65_HS1-834228961_62-HQ-83894_Serial_164
Agency: FBI
Page 6
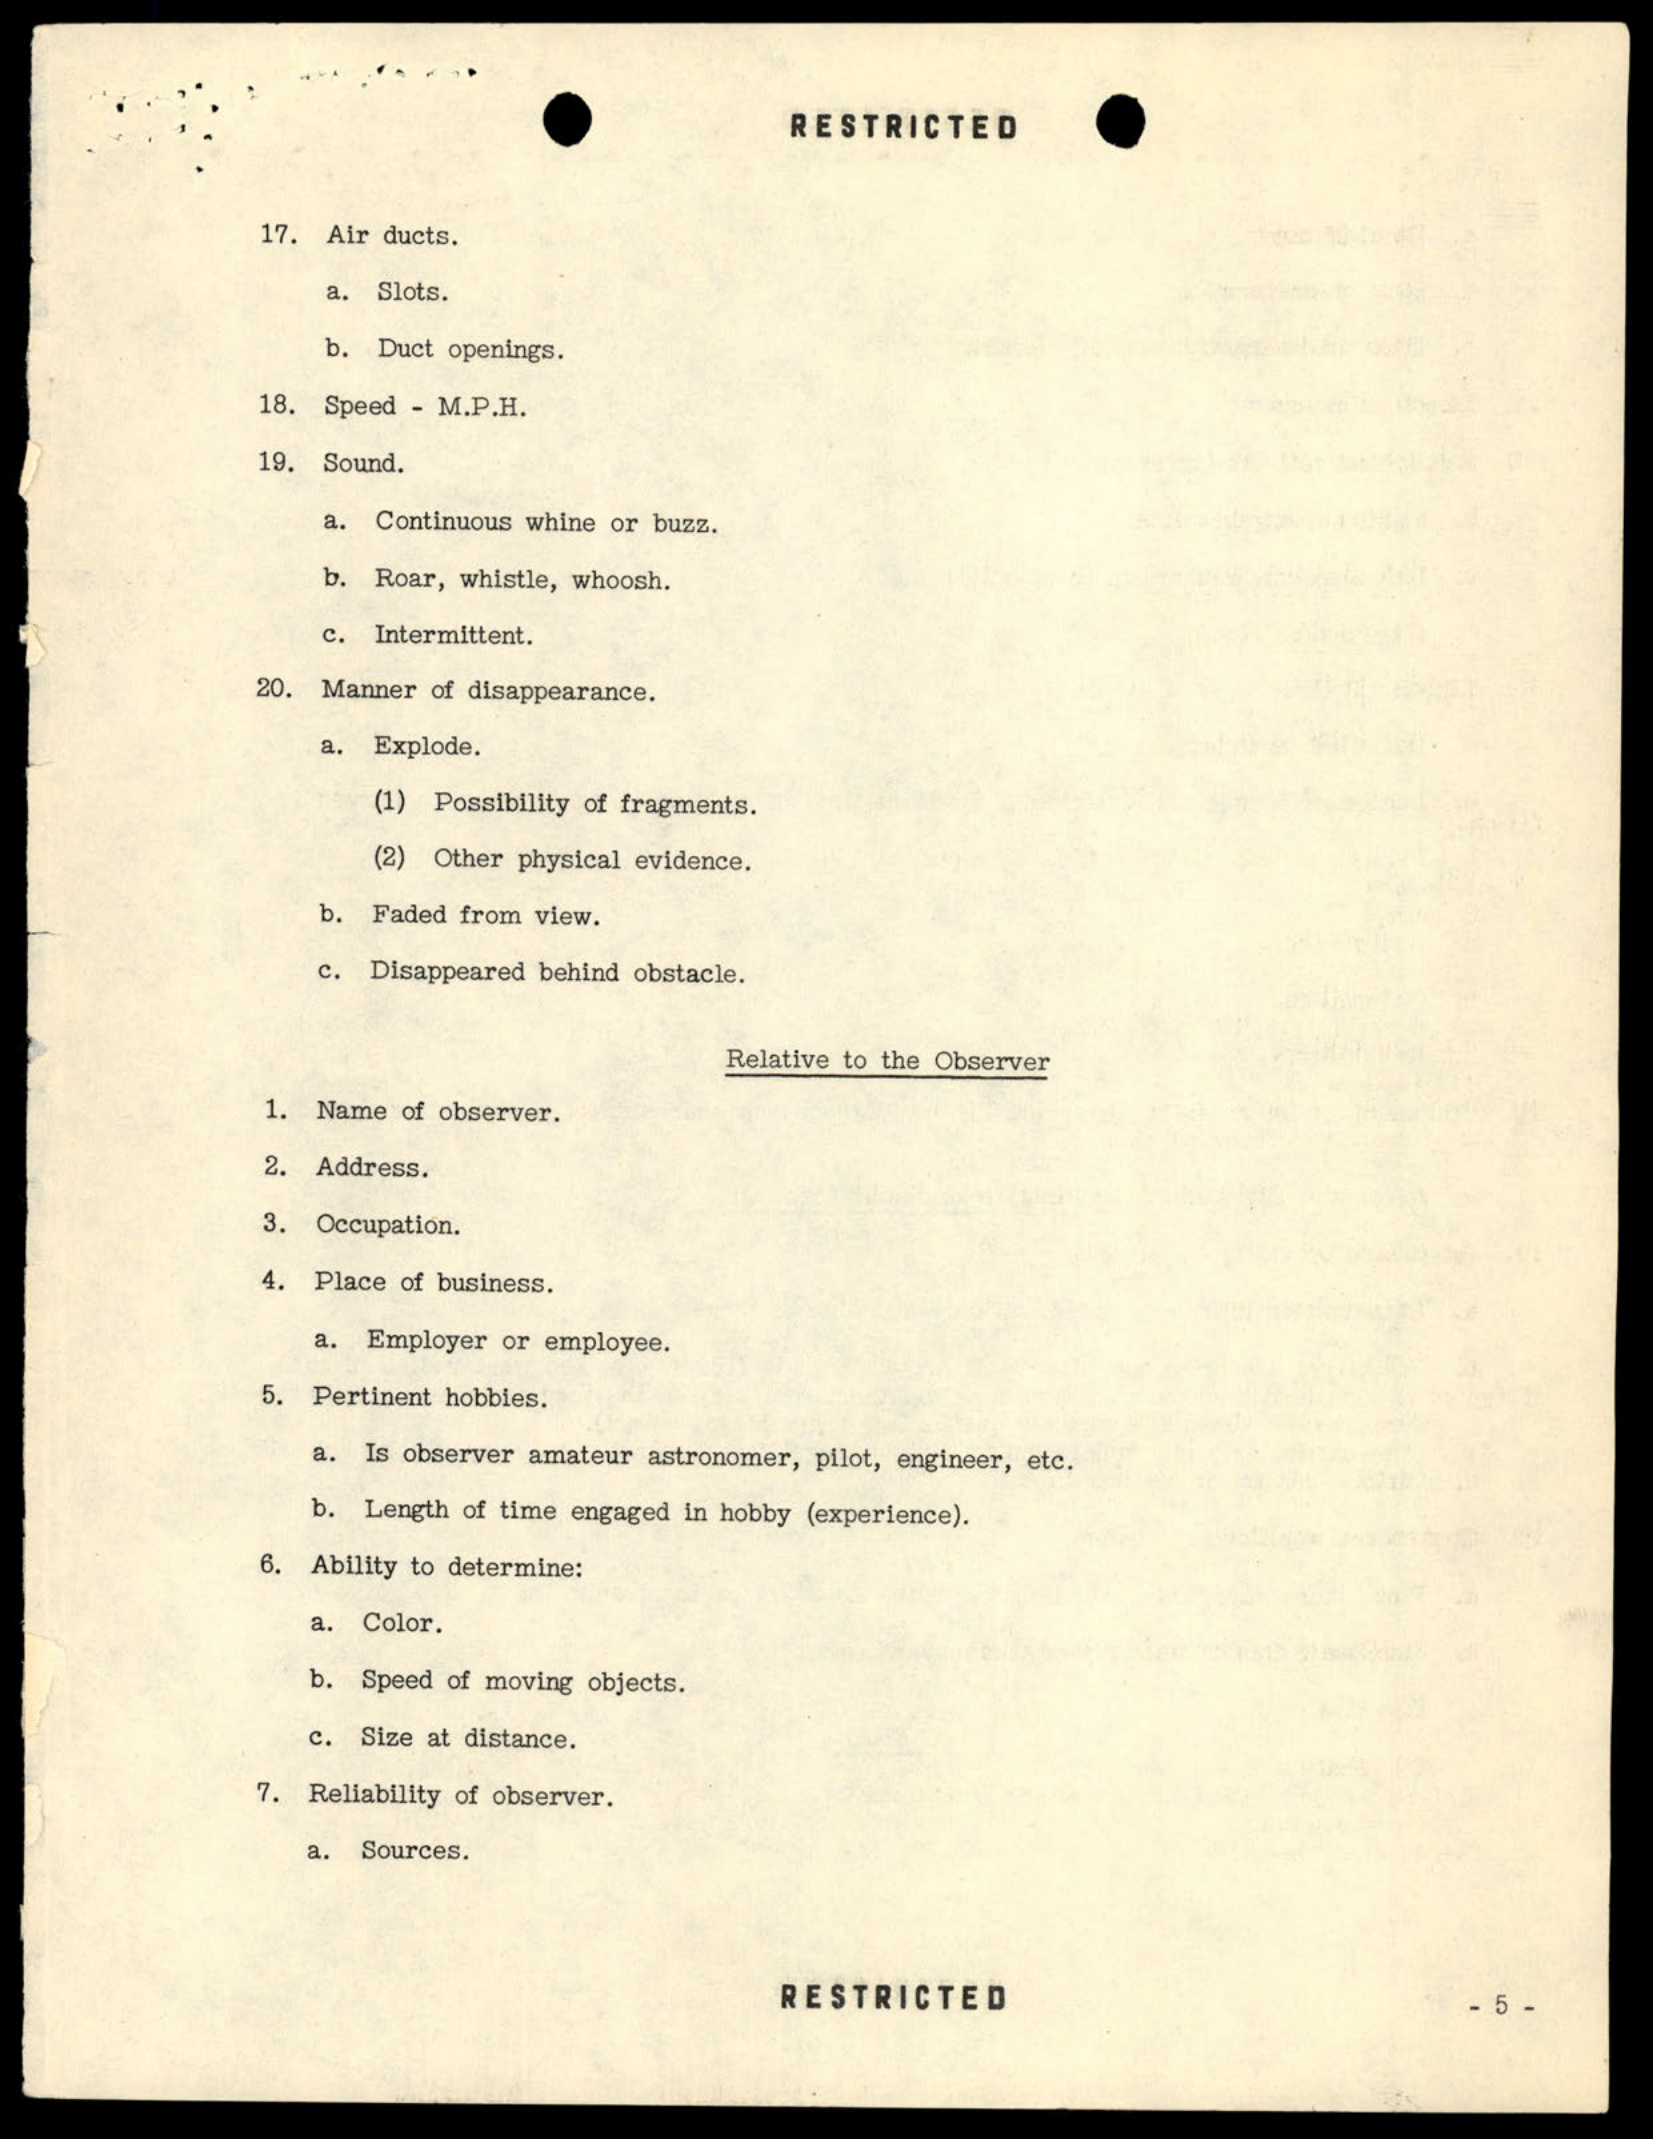